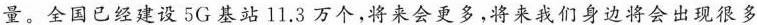
量。全国已经建设5G基站11.3万个，将来会更多，将来我们身边将会出现很多